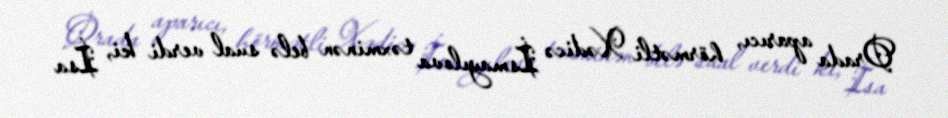
Orada aparıcı, hörmətli Xədicə İsmayılova təxminən belə sual verdi ki, İsa